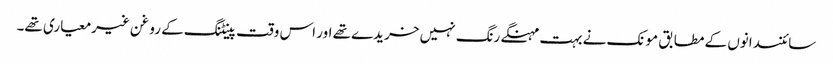
سائنسدانوں کے مطابق مونک نے بہت مہنگے رنگ نہیں خریدے تھے اور اس وقت پینٹنگ کے روغن غیرمعیاری تھے۔